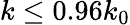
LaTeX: k\le 0.96k_{0}